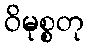
ဝိမုစ္စတု